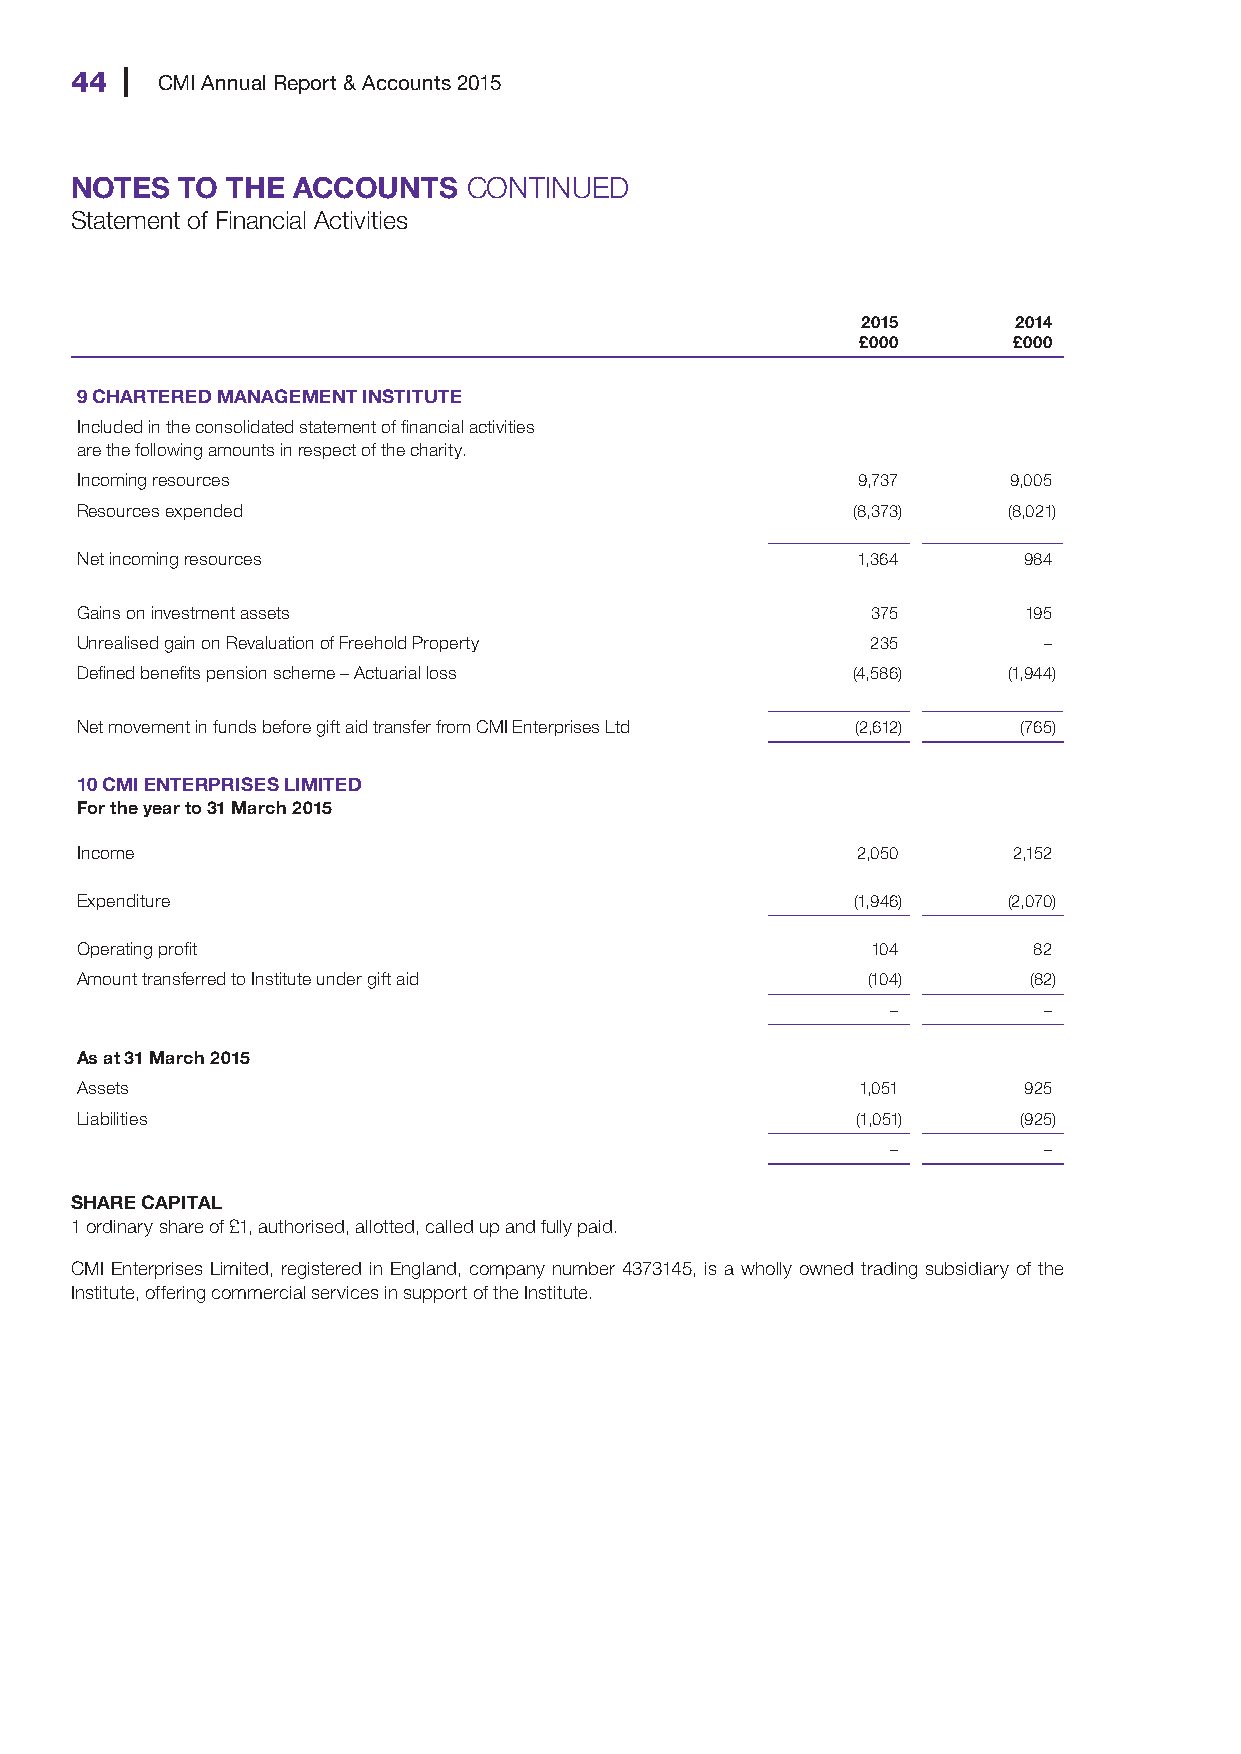
44   CMI Annual Report & Accounts 2015
 NOTES  TO THE ACCOUNTS    CONTINUED
 Statement of Financial Activities
 2015      2014
 £000      £000
 9 CHARTERED MANAGEMENT INSTITUTE
 Included in the consolidated statement of financial activities
 are the following amounts in respect of the charity.
 Incoming resources                                  9,737     9,005
 Resources expended                                 (8,373)    (8,021)
 Net incoming resources                              1,364      984
 Gains on investment assets                           375       195
 Unrealised gain on Revaluation of Freehold Property  235        –
 Defined benefits pension scheme – Actuarial loss   (4,586)    (1,944)
 Net movement in funds before gift aid transfer from CMI Enterprises Ltd (2,612) (765)
 10 CMI ENTERPRISES LIMITED
 For the year to 31 March 2015
 Income                                              2,050     2,152
 Expenditure                                        (1,946)    (2,070)
 Operating profit                                     104       82
 Amount transferred to Institute under gift aid      (104)      (82)
 –         –
 As at 31 March 2015
 Assets                                              1,051      925
 Liabilities                                         (1,051)    (925)
 –         –
 SHARE CAPITAL
 1 ordinary share of £1, authorised, allotted, called up and fully paid.
 CMI Enterprises Limited, registered in England, company number 4373145, is a wholly owned trading subsidiary of the
 Institute, offering commercial services in support of the Institute.